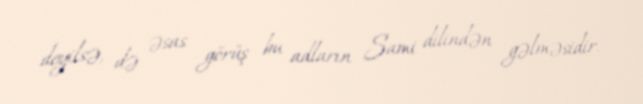
deyilsə, də əsas görüş bu adların Sami dilindən gəlməsidir.